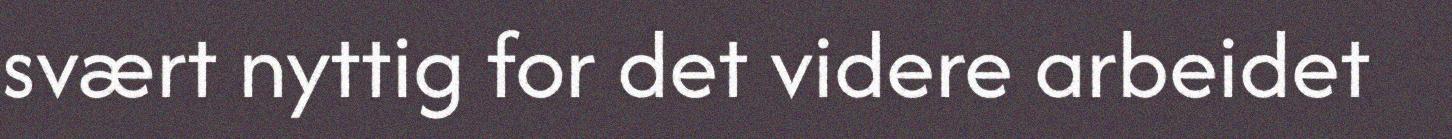
svært nyttig for det videre arbeidet